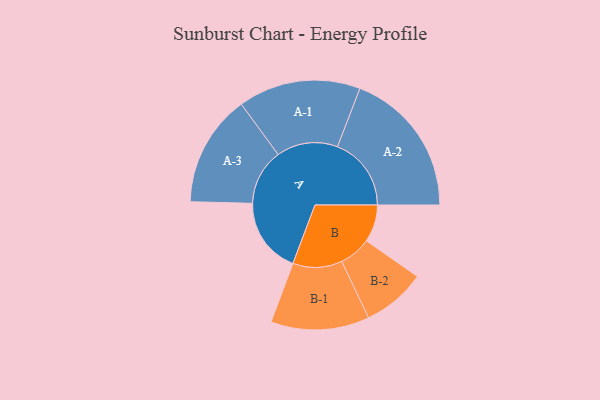
{"axis": {"x": "Segment", "y": "Value"}, "legend": ["", "A", "B"], "data": [{"x": "A", "y": 260, "type": ""}, {"x": "B", "y": 128, "type": ""}, {"x": "A-1", "y": 210, "type": "A"}, {"x": "A-2", "y": 253, "type": "A"}, {"x": "A-3", "y": 192, "type": "A"}, {"x": "B-1", "y": 169, "type": "B"}, {"x": "B-2", "y": 109, "type": "B"}]}